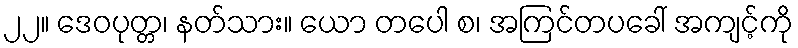
၂၂။ ဒေဝပုတ္တ၊ နတ်သား။ ယော တပေါ စ၊ အကြင်တပခေါ် အကျင့်ကို